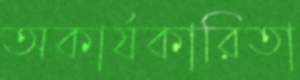
অকার্যকারিতা